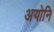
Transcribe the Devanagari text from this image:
अयोनि